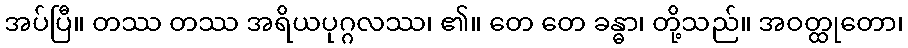
အပ်ပြီ။ တဿ တဿ အရိယပုဂ္ဂလဿ၊ ၏။ တေ တေ ခန္ဓာ၊ တို့သည်။ အဝတ္ထုတော၊